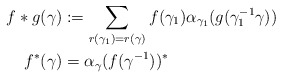
\begin{align*}f*g(\gamma)&:=\sum_{r(\gamma_{1})=r(\gamma)}f(\gamma_{1})\alpha_{\gamma_{1}}(g(\gamma_{1}^{-1}\gamma)) \\f^{*}(\gamma)&=\alpha_{\gamma}(f(\gamma^{-1}))^{*}\end{align*}